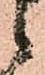
候